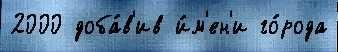
2000 доба́в'ив и́м'ен'и го́рода